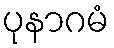
ပုနာဂမံ